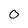
Character: 0